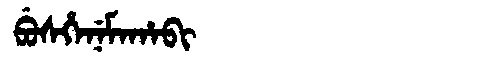
Manchu: ᠪᡠᠰᡥᡝᠨᡝᠮᠠᡥᠠᠪᡳ
Romanization: BUSHENEMAHABI